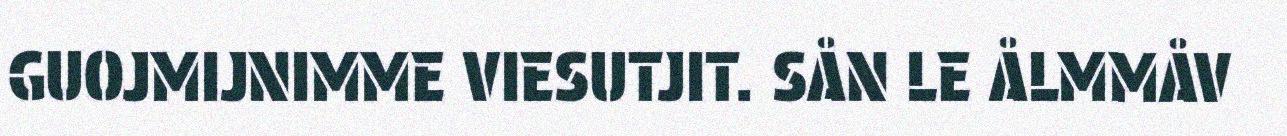
GUOJMIJNIMME VIESUTJIT. SÅN LE ÅLMMÅV